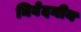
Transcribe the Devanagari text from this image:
निवेदनीय